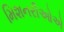
મિશનરીઓએ